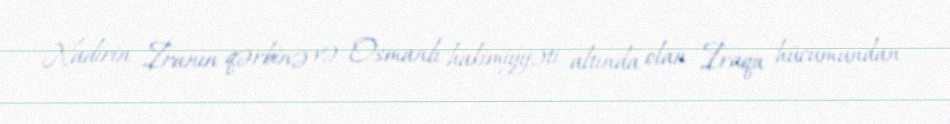
Nadirin İranın qərbinə və Osmanlı hakimiyyəti altında olan İraqa hücumundan